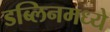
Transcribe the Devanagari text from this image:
डब्लिनमध्ये